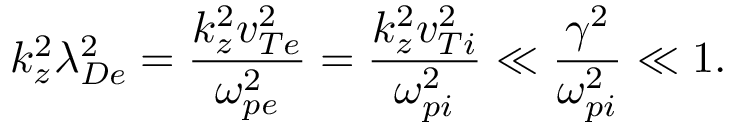
k _ { z } ^ { 2 } \lambda _ { D e } ^ { 2 } = \frac { k _ { z } ^ { 2 } v _ { T e } ^ { 2 } } { \omega _ { p e } ^ { 2 } } = \frac { k _ { z } ^ { 2 } v _ { T i } ^ { 2 } } { \omega _ { p i } ^ { 2 } } \ll \frac { \gamma ^ { 2 } } { \omega _ { p i } ^ { 2 } } \ll 1 .